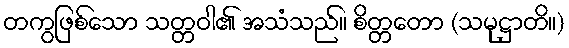
တကွဖြစ်သော သတ္တဝါ၏ အသံသည်။ စိတ္တတော (သမုဋ္ဌာတိ။)